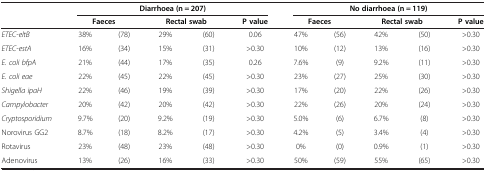
<table><thead><tr><td><b> </b></td><td colspan="5"><b>Diarrhoea (n = 207)</b></td><td colspan="5"><b>No diarrhoea (n = 119)</b></td></tr><tr><td><b> </b></td><td colspan="2"><b>Faeces</b></td><td colspan="2"><b>Rectal swab</b></td><td><b>P value</b></td><td colspan="2"><b>Faeces</b></td><td colspan="2"><b>Rectal swab</b></td><td><b>P value</b></td></tr></thead><tbody><tr><td><i>ETEC-eltB</i></td><td>38%</td><td>(78)</td><td>29%</td><td>(60)</td><td>0.06</td><td>47%</td><td>(56)</td><td>42%</td><td>(50)</td><td>&gt;0.30</td></tr><tr><td><i>ETEC-estA</i></td><td>16%</td><td>(34)</td><td>15%</td><td>(31)</td><td>&gt;0.30</td><td>10%</td><td>(12)</td><td>13%</td><td>(16)</td><td>&gt;0.30</td></tr><tr><td><i>E. coli bfpA</i></td><td>21%</td><td>(44)</td><td>17%</td><td>(35)</td><td>0.26</td><td>7.6%</td><td>(9)</td><td>9.2%</td><td>(11)</td><td>&gt;0.30</td></tr><tr><td><i>E. coli eae</i></td><td>22%</td><td>(45)</td><td>22%</td><td>(45)</td><td>&gt;0.30</td><td>23%</td><td>(27)</td><td>25%</td><td>(30)</td><td>&gt;0.30</td></tr><tr><td><i>Shigella ipaH</i></td><td>22%</td><td>(46)</td><td>19%</td><td>(39)</td><td>&gt;0.30</td><td>17%</td><td>(20)</td><td>22%</td><td>(26)</td><td>&gt;0.30</td></tr><tr><td><i>Campylobacter</i></td><td>20%</td><td>(42)</td><td>20%</td><td>(42)</td><td>&gt;0.30</td><td>22%</td><td>(26)</td><td>20%</td><td>(24)</td><td>&gt;0.30</td></tr><tr><td><i>Cryptosporidium</i></td><td>9.7%</td><td>(20)</td><td>9.2%</td><td>(19)</td><td>&gt;0.30</td><td>5.0%</td><td>(6)</td><td>6.7%</td><td>(8)</td><td>&gt;0.30</td></tr><tr><td>Norovirus GG2</td><td>8.7%</td><td>(18)</td><td>8.2%</td><td>(17)</td><td>&gt;0.30</td><td>4.2%</td><td>(5)</td><td>3.4%</td><td>(4)</td><td>&gt;0.30</td></tr><tr><td>Rotavirus</td><td>23%</td><td>(48)</td><td>23%</td><td>(48)</td><td>&gt;0.30</td><td>0%</td><td>(0)</td><td>0.9%</td><td>(1)</td><td>&gt;0.30</td></tr><tr><td>Adenovirus</td><td>13%</td><td>(26)</td><td>16%</td><td>(33)</td><td>&gt;0.30</td><td>50%</td><td>(59)</td><td>55%</td><td>(65)</td><td>&gt;0.30</td></tr></tbody></table>